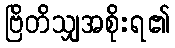
ဗြိတိသျှအစိုးရ၏